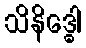
သိနိဒ္ဓေါ